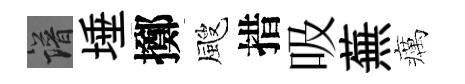
譜埵擲颼措吸蕪癘